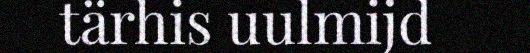
tärhis uulmijd